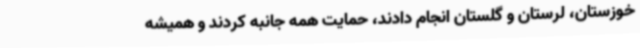
خوزستان، لرستان و گلستان انجام دادند، حمایت همه جانبه کردند و همیشه